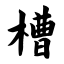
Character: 槽